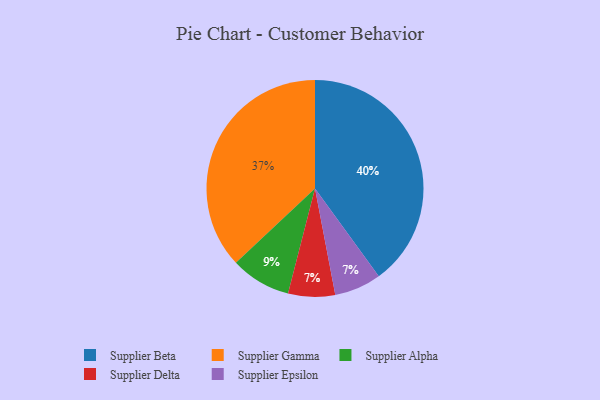
{"axis": {"x": "Category", "y": "Percentage"}, "legend": ["Supplier Alpha", "Supplier Beta", "Supplier Delta", "Supplier Epsilon", "Supplier Gamma"], "data": [{"x": "Supplier Delta", "y": 7, "type": "Supplier Delta"}, {"x": "Supplier Gamma", "y": 37, "type": "Supplier Gamma"}, {"x": "Supplier Epsilon", "y": 7, "type": "Supplier Epsilon"}, {"x": "Supplier Beta", "y": 40, "type": "Supplier Beta"}, {"x": "Supplier Alpha", "y": 9, "type": "Supplier Alpha"}]}